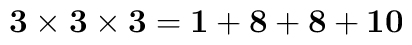
{\bf 3} \times {\bf 3} \times {\bf 3} = {\bf 1} + {\bf 8} + {\bf 8} +{\bf 10}